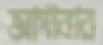
আগাবার